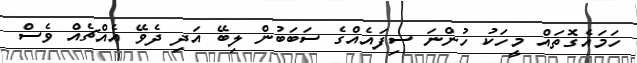
ހަމައެގޮތައް މީހަކު ހުންނަ ސިފައެއްގެ ސަބަބުން ލިބޭ އަދި ދެވޭ އެއްޗެއް ވެސް